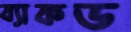
ব্যাকড